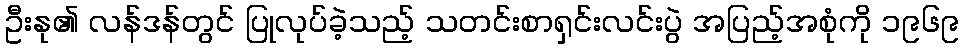
ဦးနု၏ လန်ဒန်တွင် ပြုလုပ်ခဲ့သည့် သတင်းစာရှင်းလင်းပွဲ အပြည့်အစုံကို ၁၉၆၉